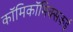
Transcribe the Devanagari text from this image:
काॅमिकॉमिक्सकई